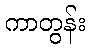
ကာတွန်း